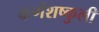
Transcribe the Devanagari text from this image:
कर्णशष्कुली